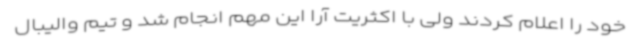
خود را اعلام کردند ولی با اکثریت آرا این مهم انجام شد و تیم والیبال